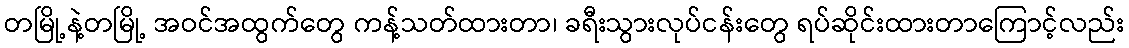
တမြို့နဲ့တမြို့ အဝင်အထွက်တွေ ကန့်သတ်ထားတာ၊ ခရီးသွားလုပ်ငန်းတွေ ရပ်ဆိုင်းထားတာကြောင့်လည်း